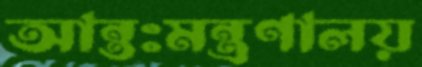
আন্তঃমন্ত্রণালয়